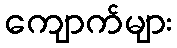
ကျောက်များ